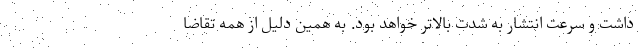
داشت و سرعت انتشار به شدت بالاتر خواهد بود. به همین دلیل از همه تقاضا